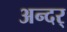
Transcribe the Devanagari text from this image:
अन्दर्